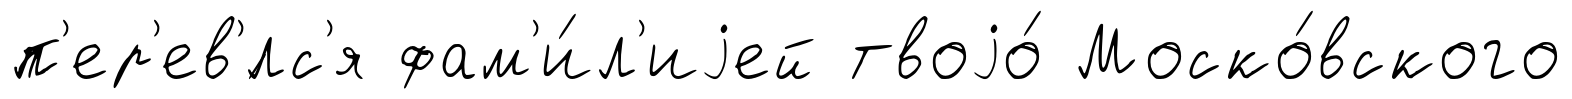
п'ер'ев'́лс'я фам'и́л'иjей твоjо́ Моско́вского